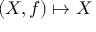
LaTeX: ( X , f ) \mapsto X